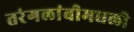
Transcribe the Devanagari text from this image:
तरंगलांबीमधली